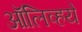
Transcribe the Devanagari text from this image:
ऑलिव्हये